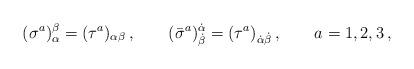
LaTeX: \begin{align*}(\sigma^a)_\alpha^\beta=(\tau^a)_{\alpha\beta}\,, \qquad(\bar \sigma^a)^{\dot \alpha}_{\dot\beta}=(\tau^a)_{\dot\alpha\dot\beta}\,,\qquad a=1,2,3\,,\end{align*}